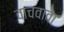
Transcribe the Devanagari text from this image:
वाचवावा